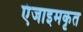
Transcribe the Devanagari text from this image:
एंजाइमकृत